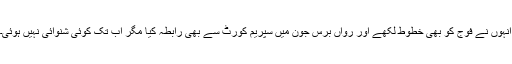
انہوں نے فوج کو بھی خطوط لکھے اور رواں برس جون میں سپریم کورٹ سے بھی رابطہ کیا مگر اب تک کوئی شنوائی نہیں ہوئی۔